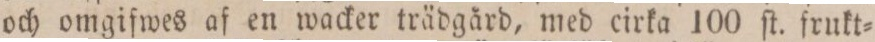
och omgifwes af en wacker trädgård, med cirka 100 ſt. frukt=